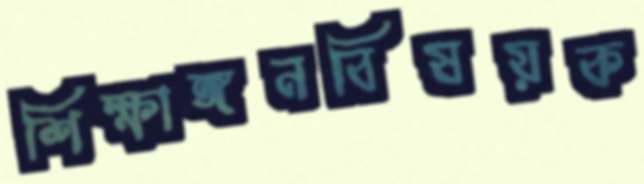
শিক্ষাঙ্গনবিষয়ক